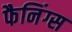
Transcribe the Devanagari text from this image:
फैनिंग्स